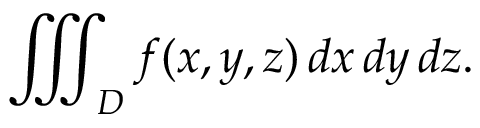
\iiint _ { D } f ( x , y , z ) \, d x \, d y \, d z .